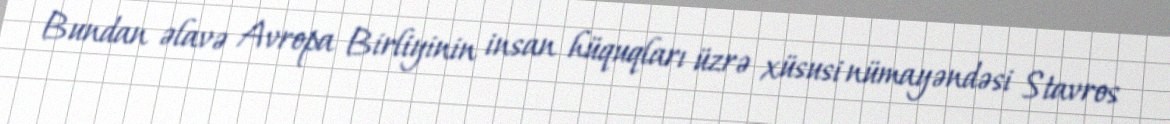
Bundan əlavə Avropa Birliyinin insan hüquqları üzrə xüsusi nümayəndəsi Stavros